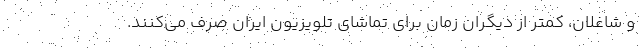
و شاغلان، کمتر از دیگران زمان برای تماشای تلویزیون ایران صرف می‌کنند.